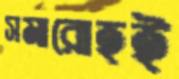
সমারোহই